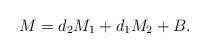
LaTeX: \begin{align*}M=d_2M_1+d_1M_2+B.\end{align*}